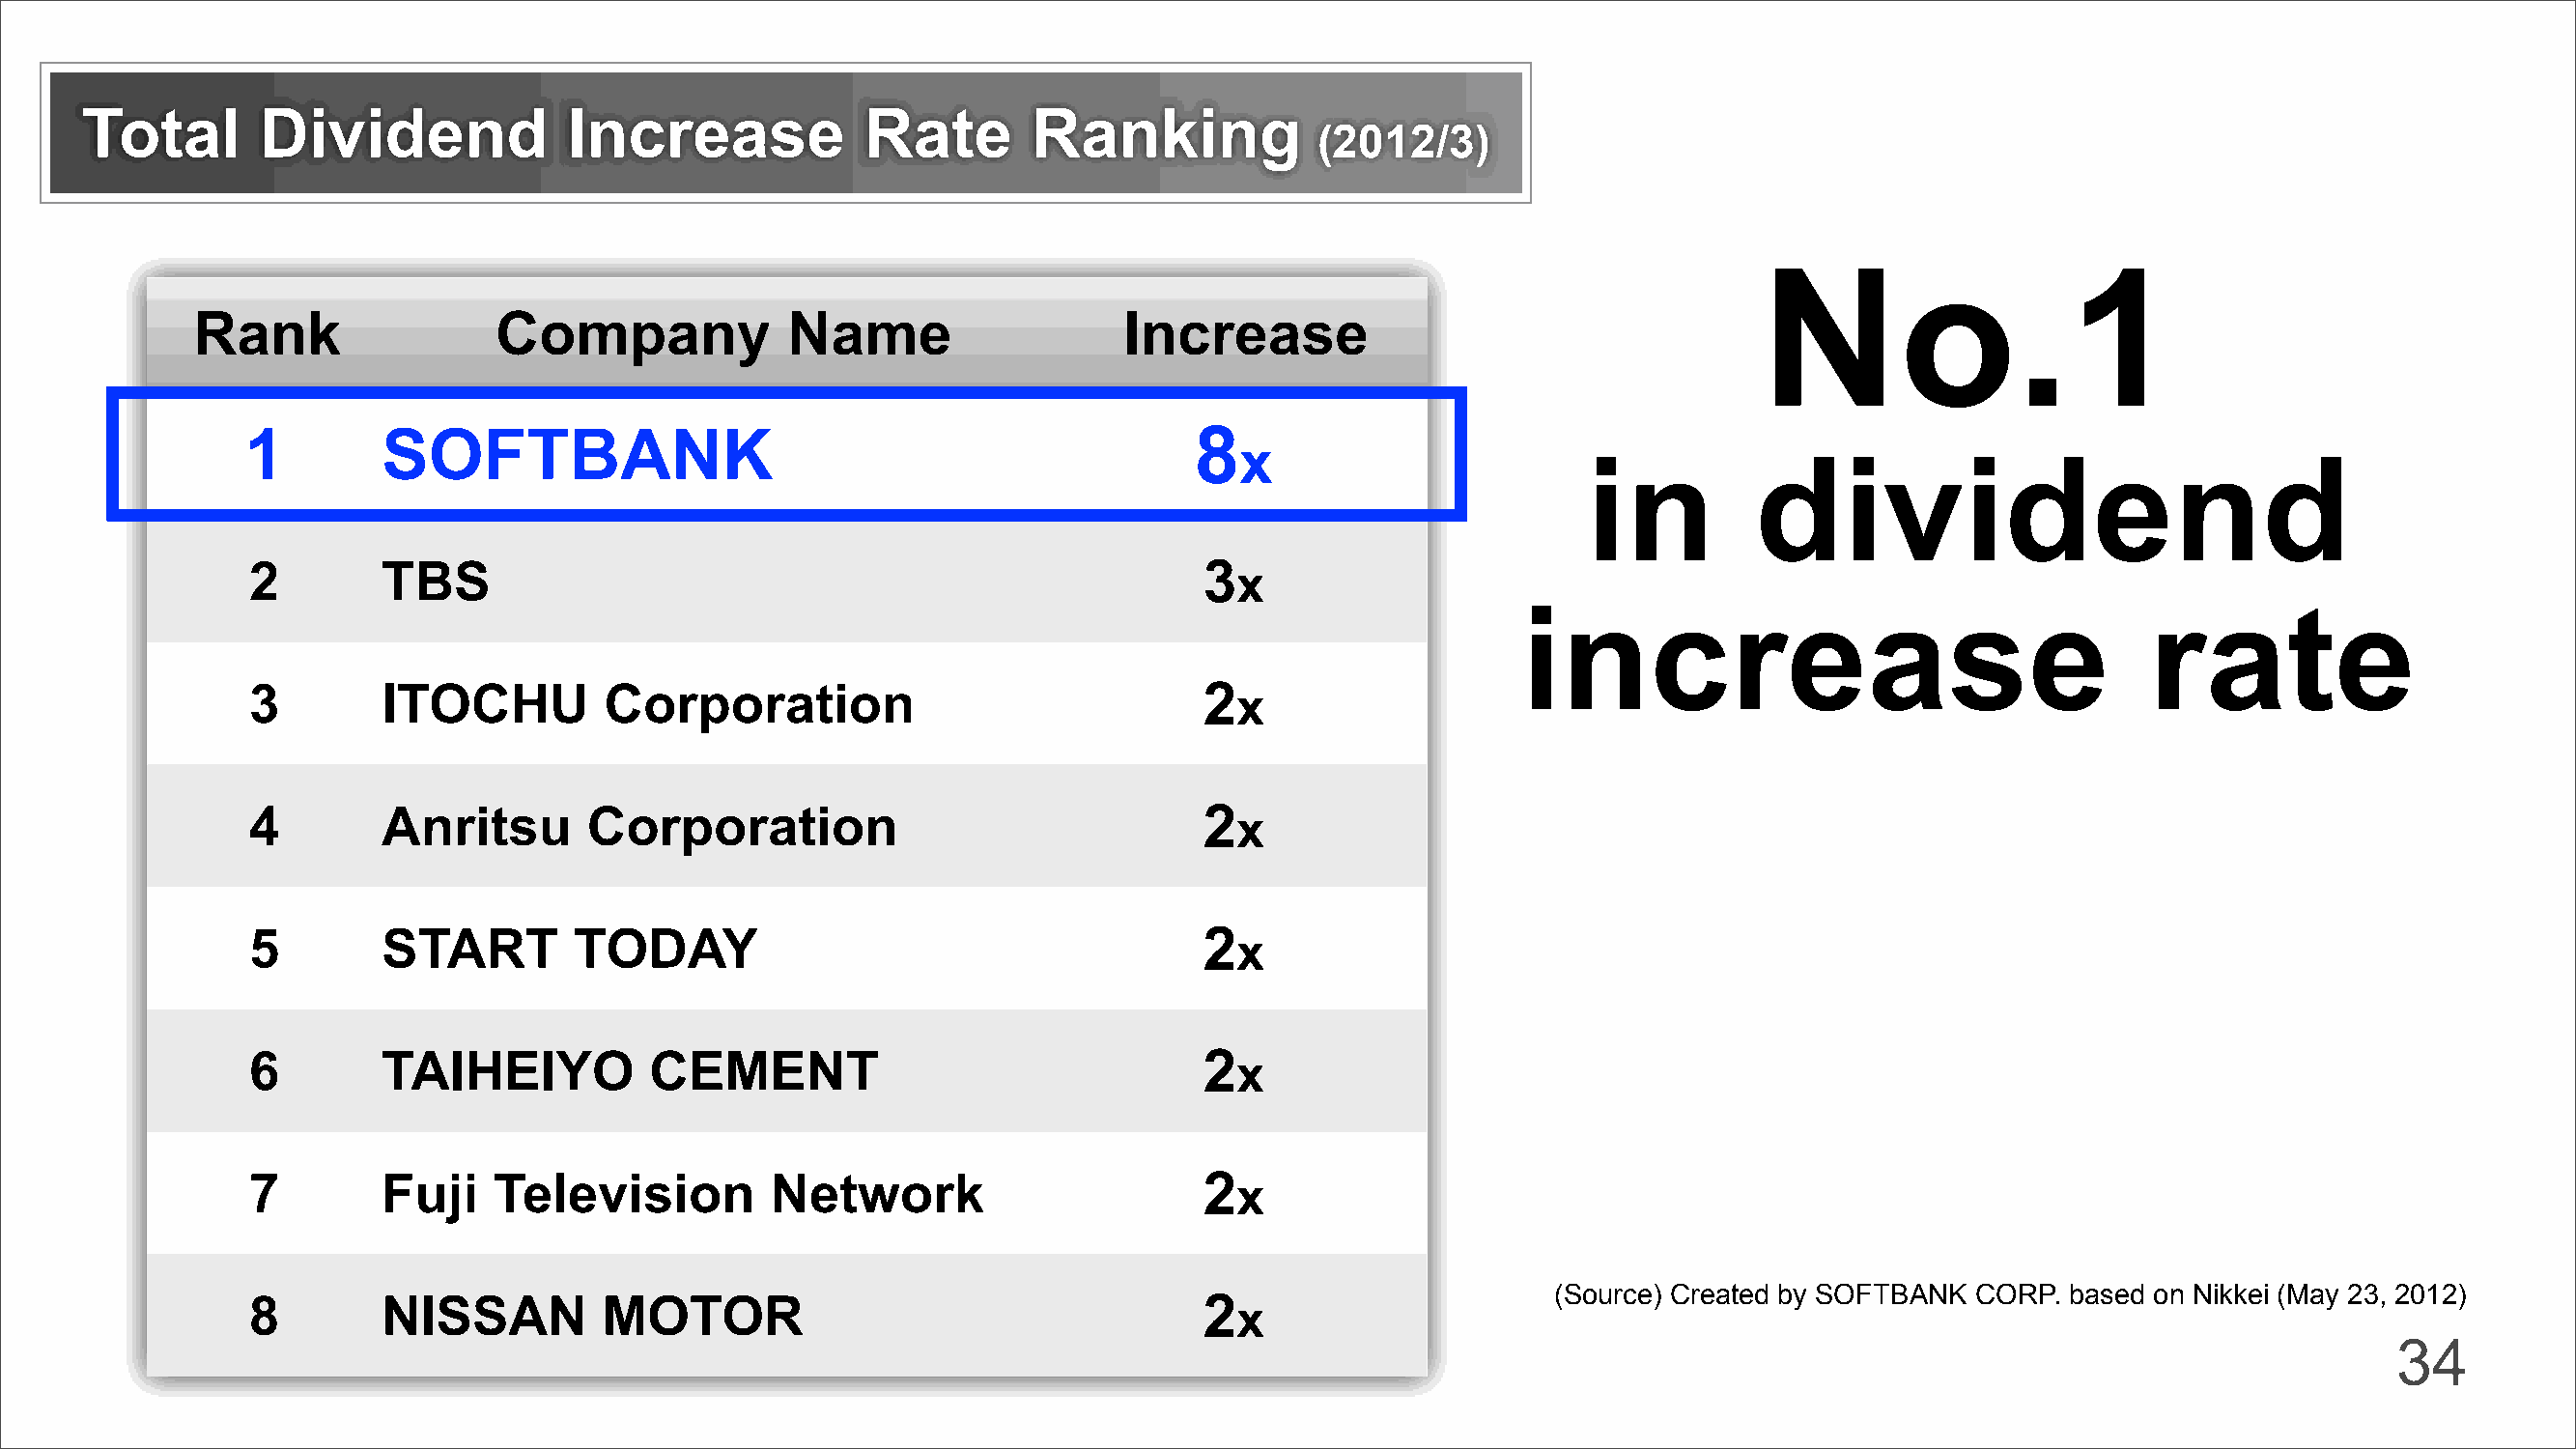
Total       Dividend             Increase            Rate        Ranking
 (2012/3)
 No.1
 Rank                 Company             Name                   IInnccrreeaassee
 1        SOFTBANK                                                8
 x
 in         dividend
 2        TBS                                                     3  x
 increase                                   rate
 3        ITOCHU         Corporation                              2  x
 4        Anritsu       Corporation                               2  x
 5        START        TODAY                                      2  x
 6        TAIHEIYO           CEMENT                               2  x
 7        Fuji    Television         Network                      2  x
 (Source) Created by SOFTBANK CORP. based on Nikkei (May 23, 2012)
 8        NISSAN         MOTOR                                    2  x
 34